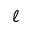
\ell